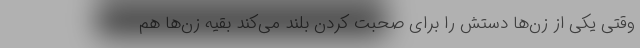
وقتی یکی از زن‌ها دستش را برای صحبت کردن بلند می‌کند بقیه زن‌ها هم